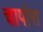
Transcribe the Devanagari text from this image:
चापोरा